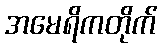
အမေရိကတိုက်